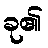
ခု၏